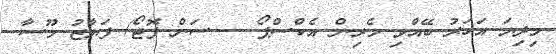
މިދިޔަ އަހަރު ބޭއްވި މެރިން އެކްސްޕޯ -- ސަން ފޮޓޯ/ ފަޔާޒު މޫސާ